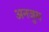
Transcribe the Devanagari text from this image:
अनजुम